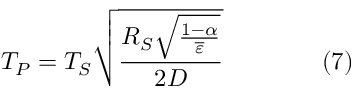
T _ { P } = T _ { S } { \sqrt { \frac { R _ { S } { \sqrt { \frac { 1 - \alpha } { \overline { { \varepsilon } } } } } } { 2 D } } } \qquad \qquad ( 7 )